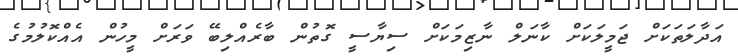
އަދާލަތަކަށް ޖަމީލަކަށް ކާނަލް ނާޒިމަކަށް ސިޔާސީ ގޮތުން ބާރެއްލިބޭ ވަރަށް މީހުން އެއްކޮލުމުގެ